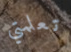
تعلمتي